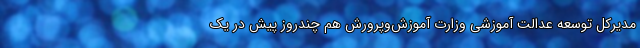
مدیرکل توسعه عدالت آموزشی وزارت آموزش‌وپرورش هم چندروز پیش در یک